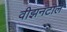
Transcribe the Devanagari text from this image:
वीझनटाल